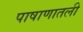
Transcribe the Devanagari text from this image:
पाषाणातली